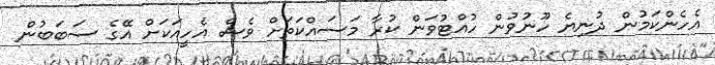
އެހެންކަމުން ދުނިޔެ ހޫނުވުން ހުއްޓުވަން ކުރާ މަސައްކަތަށް ވެސް އެހީއަކަށް އޭގެ ސަބަބުން